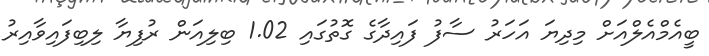
ބީއެމްއެލްއަށް މިދިޔަ އަހަރު ސާފު ފައިދާގެ ގޮތުގައި 1.02 ބިލިއަން ރުފިޔާ ލިބިފައިވާއިރު